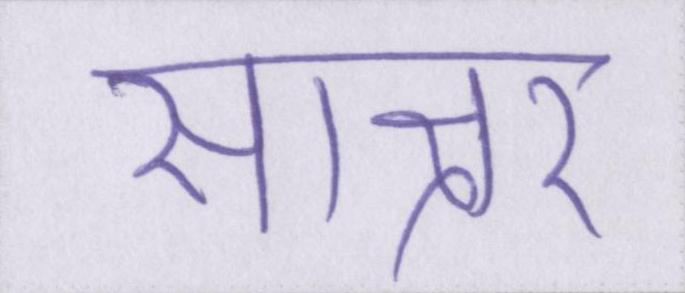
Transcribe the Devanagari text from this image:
साक्षर